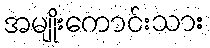
အမျိုးကောင်းသား